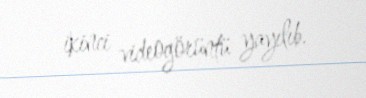
ikinci videogörüntü yayılıb.